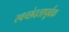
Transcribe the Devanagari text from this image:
स्वच्छंदतापूर्वक